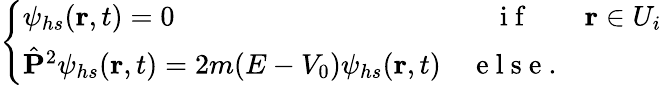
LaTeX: \left\{ \begin{array}{lcc}{\psi_{hs}(\mathbf{r},t)=0}&{\mathrm{~i~f~}}&{\mathbf{r}\in U_{i}}\\ {\hat{\mathbf{P}}^{2}\psi_{hs}(\mathbf{r},t)=2m(E-V_{0})\psi_{hs}(\mathbf{r},t)}&{\mathrm{~e~l~s~e~}.}\end{array}\right.